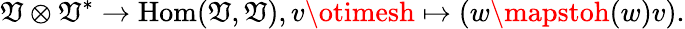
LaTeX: \mathfrak{V}\otimes\mathfrak{V}^{*}\to\operatorname{Hom}(\mathfrak{V},\mathfrak{V}),v\otimesh\mapsto(w\mapstoh(w)v).